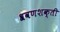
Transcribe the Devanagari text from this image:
श्रवणशक्ती